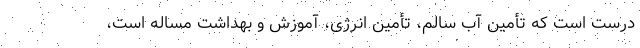
درست است که تأمین آب سالم، تأمین انرژی، آموزش و بهداشت مساله است،